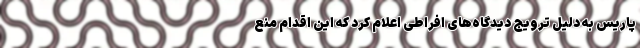
پاریس به دلیل ترویج دیدگاه‌های افراطی اعلام کرد که این اقدام منع